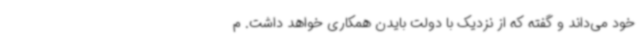
خود می‌داند و گفته که از نزدیک با دولت بایدن همکاری خواهد داشت. م